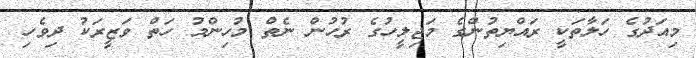
މިއަދުގެ ހަލާތަކީ ރައްޔިތުންގެ މަޖިލީހުގެ ރުހުން ނެތް މުހިންމު ހަތް ވަޒީރަކު ދިވެހި